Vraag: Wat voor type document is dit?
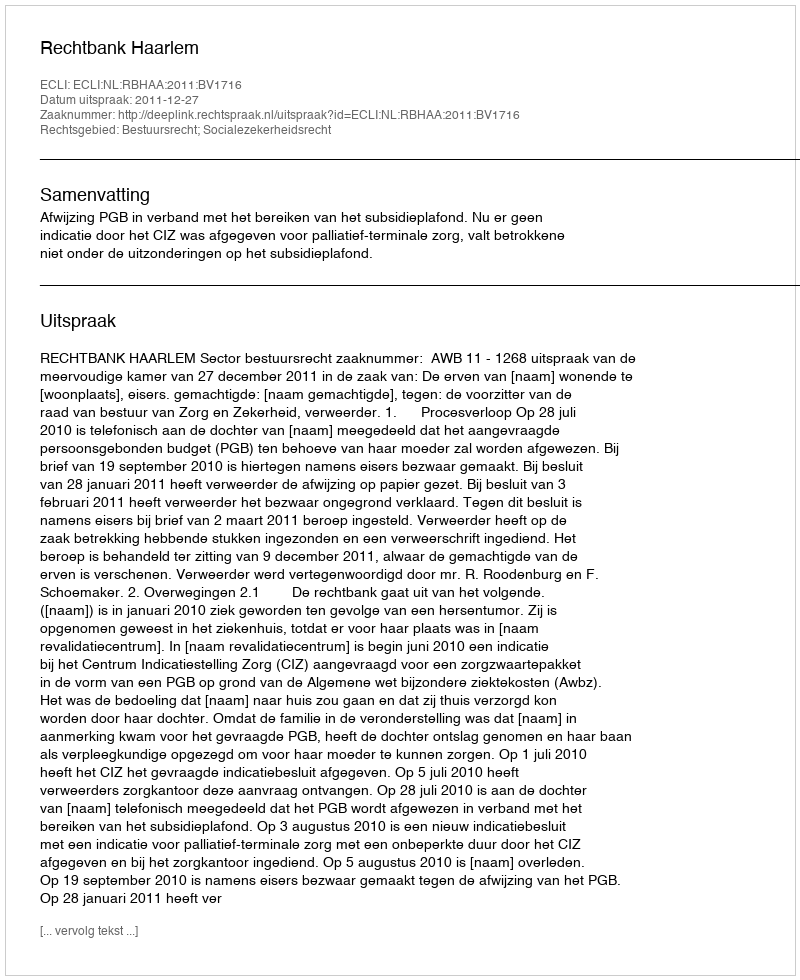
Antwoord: Uitspraak